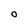
Character: O